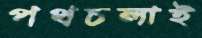
পথচলাই